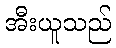
အီးယူသည်